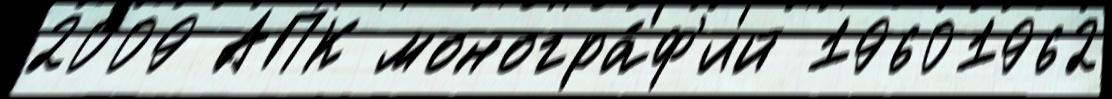
2009 АПК моногра́ф'ий 19601962